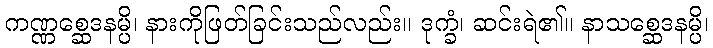
ကဏ္ဏစ္ဆေဒနမ္ပိ၊ နားကိုဖြတ်ခြင်းသည်လည်း။ ဒုက္ခံ၊ ဆင်းရဲ၏။ နာသစ္ဆေဒနမ္ပိ၊